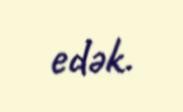
edək.